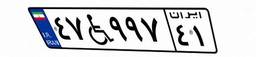
۶۴W۰۷۷۸۴